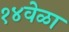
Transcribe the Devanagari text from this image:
१४वेळा